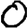
Digit: 0